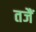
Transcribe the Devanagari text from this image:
तजैं